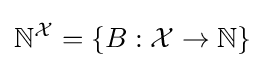
\mathbb {N} ^{\mathcal {X}}=\{B:{\mathcal {X}}\rightarrow \mathbb {N} \}